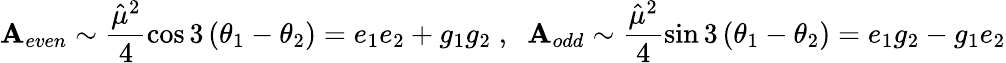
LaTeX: {\cal\mathbf{A}}_{even}\sim\frac{{{\hat{{\mu}}}^{2}}}{4}\cos3\left(\theta_{1}-\theta_{2}\right)=e_{1}e_{2}+g_{1}g_{2}\; ,\; \; {\cal\mathbf{A}}_{odd}\sim\frac{{{\hat{{\mu}}}^{2}}}{4}\sin3\left(\theta_{1}-\theta_{2}\right)=e_{1}g_{2}-g_{1}e_{2}